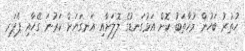
ހުތުރު ބަހުން މުޚާތަބު ކޮށް އަޅުގަނޑުގެ ލޮލަށާއި އަނގަޔަށް ކަރުނަ ގޭހާއި ޕެޕަރ